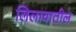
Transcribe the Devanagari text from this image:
लिलावातील